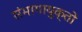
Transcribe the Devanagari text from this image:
संभागायुक्तों